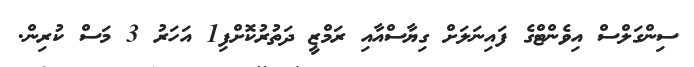
ސިންގަލްސް އިވެންޓްގެ ފައިނަލަށް ގިޔާސްއާއި ރަމްޒީ ދަތުރުކޮށްފި1 އަހަރު 3 މަސް ކުރިން.